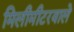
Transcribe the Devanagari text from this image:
मिलीमीटरवाले